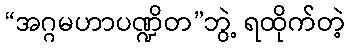
“အဂ္ဂမဟာပဏ္ဍိတ”ဘွဲ့ ရထိုက်တဲ့